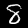
Digit: 8